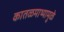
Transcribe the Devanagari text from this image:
कातळमाथ्यामुळे